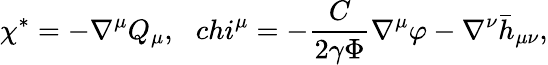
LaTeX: \chi^{*}=-\nabla^{\mu}Q_{\mu},\ \ \, chi^{\mu}=-{\frac{C}{2\gamma\Phi}}\nabla^{\mu}\varphi-\nabla^{\nu}\bar{h}_{\mu\nu},